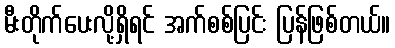
မီးတိုက်ပေးလို့ရှိရင် အက်စစ်ပြင်း ပြန်ဖြစ်တယ်။